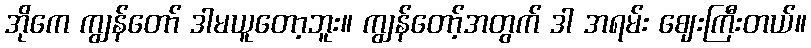
အိုကေ ကျွန်တော် ဒါမယူတော့ဘူး။ ကျွန်တော့်အတွက် ဒါ အရမ်း ဈေးကြီးတယ်။